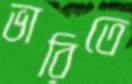
ভারিতে